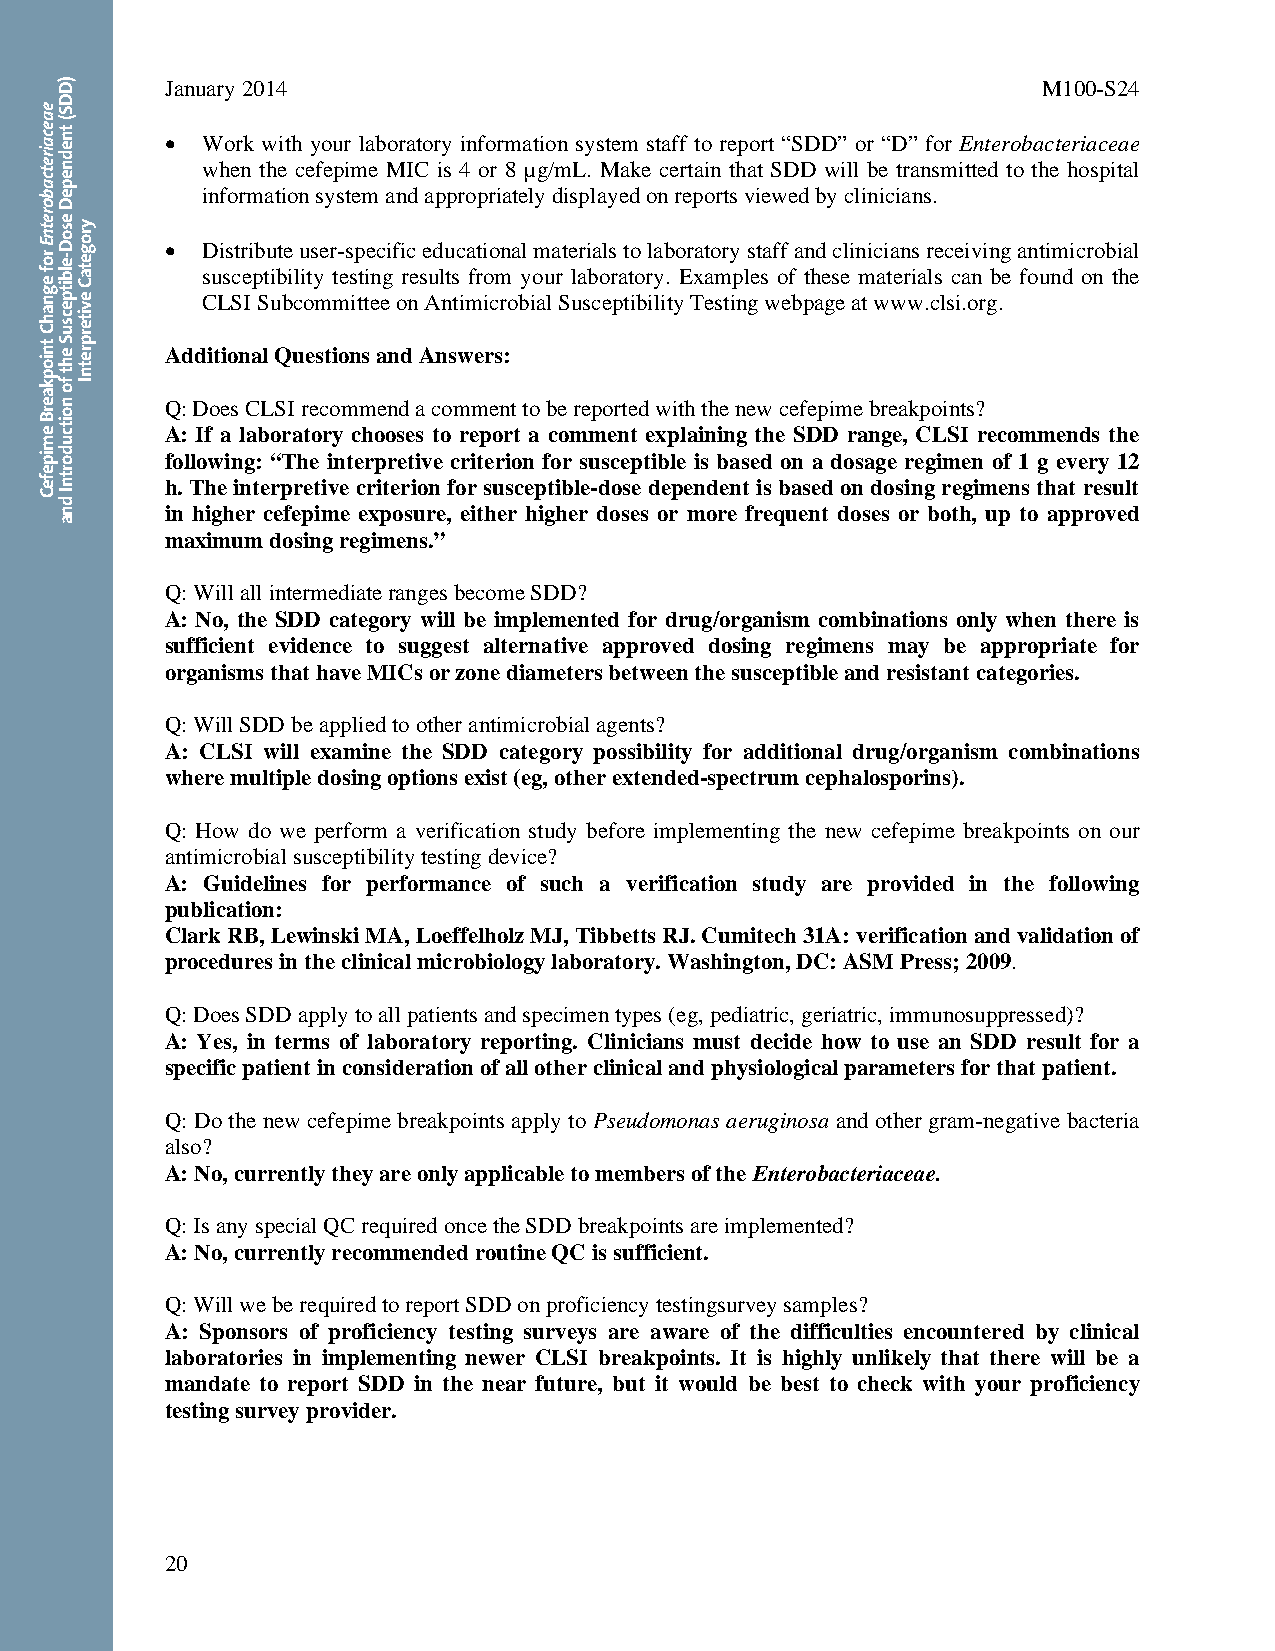
January 2014                                              M100-S24
  Work with your laboratory information system staff to report “SDD” or “D” for Enterobacteriaceae
 when the cefepime MIC is 4 or 8 µg/mL. Make certain that SDD will be transmitted to the hospital
 information system and appropriately displayed on reports viewed by clinicians.
  Distribute user-specific educational materials to laboratory staff and clinicians receiving antimicrobial
 susceptibility testing results from your laboratory. Examples of these materials can be found on the
 CLSI Subcommittee on Antimicrobial Susceptibility Testing webpage at www.clsi.org.
 Additional Questions and Answers:
 Q: Does CLSI recommend a comment to be reported with the new cefepime breakpoints?
 A: If a laboratory chooses to report a comment explaining the SDD range, CLSI recommends the
 following: “The interpretive criterion for susceptible is based on a dosage regimen of 1 g every 12
 h. The interpretive criterion for susceptible-dose dependent is based on dosing regimens that result
 in higher cefepime exposure, either higher doses or more frequent doses or both, up to approved
 maximum dosing regimens.”
 Q: Will all intermediate ranges become SDD?
 A: No, the SDD category will be implemented for drug/organism combinations only when there is
 sufficient evidence to suggest alternative approved dosing regimens may be appropriate for
 organisms that have MICs or zone diameters between the susceptible and resistant categories.
 Q: Will SDD be applied to other antimicrobial agents?
 A: CLSI will examine the SDD category possibility for additional drug/organism combinations
 where multiple dosing options exist (eg, other extended-spectrum cephalosporins).
 Q: How do we perform a verification study before implementing the new cefepime breakpoints on our
 antimicrobial susceptibility testing device?
 A: Guidelines for performance of such a verification study are provided in the following
 publication:
 Clark RB, Lewinski MA, Loeffelholz MJ, Tibbetts RJ. Cumitech 31A: verification and validation of
 procedures in the clinical microbiology laboratory. Washington, DC: ASM Press; 2009.
 Q: Does SDD apply to all patients and specimen types (eg, pediatric, geriatric, immunosuppressed)?
 A: Yes, in terms of laboratory reporting. Clinicians must decide how to use an SDD result for a
 specific patient in consideration of all other clinical and physiological parameters for that patient.
 Q: Do the new cefepime breakpoints apply to Pseudomonas aeruginosa and other gram-negative bacteria
 also?
 A: No, currently they are only applicable to members of the Enterobacteriaceae.
 Q: Is any special QC required once the SDD breakpoints are implemented?
 A: No, currently recommended routine QC is sufficient.
 Q: Will we be required to report SDD on proficiency testingsurvey samples?
 A: Sponsors of proficiency testing surveys are aware of the difficulties encountered by clinical
 laboratories in implementing newer CLSI breakpoints. It is highly unlikely that there will be a
 mandate to report SDD in the near future, but it would be best to check with your proficiency
 testing survey provider.
 20
 Thisdocumentisprotectedbycopyright.
 PublishedOn1/1/2014.
 eaecairetcaboretnE
 rof
 egnahC
 tniopkaerB
 emipefeC
 )DDS(
 tnednepeD
 esoD-elbitpecsuS
 eht
 fo
 noitcudortnI
 dna
 yrogetaC
 eviterpretnI